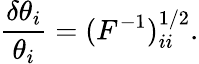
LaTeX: \frac{\delta\theta_{i}}{\theta_{i}}=(F^{-1})_{ii}^{1/2}.